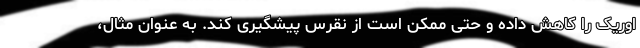
اوریک را کاهش داده و حتی ممکن است از نقرس پیشگیری کند. به عنوان مثال،